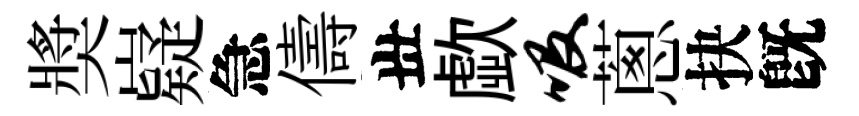
奬嶷急儔丗歔吸蔥抉旣